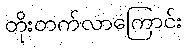
တိုးတက်လာကြောင်း